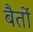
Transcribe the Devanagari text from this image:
बैतों